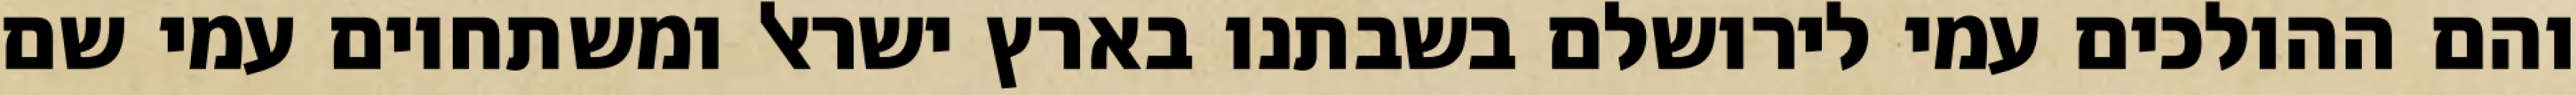
והם ההולכים עמי לירושלם בשבתנו בארץ ישראל ומשתחוים עמי שם